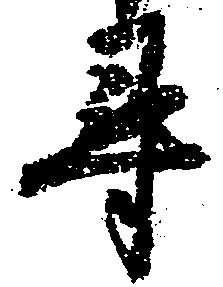
尋